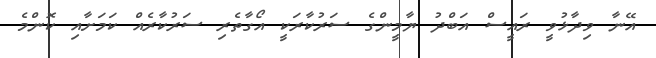
އޭނާ ވިދާޅުވީ ރައީސް އަބްދު ޔާމީންގެ ސަރުކާރަކީ އޯގާތެރި ސަރުކާރެއް ކަމަށާއި ކޮންމެ